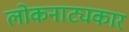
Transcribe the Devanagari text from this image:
लोकनाट्यकार